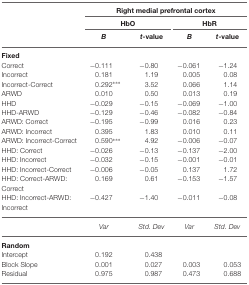
<table><thead><tr><td></td><td colspan="4"><b>Right medial prefrontal cortex</b></td></tr><tr><td></td><td colspan="2"><b>HbO</b></td><td colspan="2"><b>HbR</b></td></tr><tr><td></td><td><b><i>B</i></b></td><td><b><i>t</i>-value</b></td><td><b><i>B</i></b></td><td><b><i>t</i>-value</b></td></tr></thead><tbody><tr><td><b>Fixed</b></td></tr><tr><td>Correct</td><td>−0.111</td><td>−0.80</td><td>−0.061</td><td>−1.24</td></tr><tr><td>Incorrect</td><td>0.181</td><td>1.19</td><td>0.005</td><td>0.08</td></tr><tr><td>Incorrect-Correct</td><td>0.292***</td><td>3.52</td><td>0.066</td><td>1.14</td></tr><tr><td>ARWD</td><td>0.010</td><td>0.50</td><td>0.013</td><td>0.19</td></tr><tr><td>HHD</td><td>−0.029</td><td>−0.15</td><td>−0.069</td><td>−1.00</td></tr><tr><td>HHD-ARWD</td><td>−0.129</td><td>−0.46</td><td>−0.082</td><td>−0.84</td></tr><tr><td>ARWD: Correct</td><td>−0.195</td><td>−0.99</td><td>0.016</td><td>0.23</td></tr><tr><td>ARWD: Incorrect</td><td>0.395</td><td>1.83</td><td>0.010</td><td>0.11</td></tr><tr><td>ARWD: Incorrect-Correct</td><td>0.590***</td><td>4.92</td><td>−0.006</td><td>−0.07</td></tr><tr><td>HHD: Correct</td><td>−0.026</td><td>−0.13</td><td>−0.137</td><td>−2.00</td></tr><tr><td>HHD: Incorrect</td><td>−0.032</td><td>−0.15</td><td>−0.001</td><td>−0.01</td></tr><tr><td>HHD: Incorrect-Correct</td><td>−0.006</td><td>−0.05</td><td>0.137</td><td>1.72</td></tr><tr><td>HHD: Correct-ARWD:</td><td>0.169</td><td>0.61</td><td>−0.153</td><td>−1.57</td></tr><tr><td>Correct</td></tr><tr><td>HHD: Incorrect-ARWD:</td><td>−0.427</td><td>−1.40</td><td>−0.011</td><td>−0.08</td></tr><tr><td>Incorrect</td></tr><tr><td></td><td><i>Var</i></td><td><i>Std. Dev</i></td><td><i>Var</i></td><td><i>Std. Dev</i></td></tr><tr><td><b>Random</b></td></tr><tr><td>Intercept</td><td>0.192</td><td>0.438</td><td></td><td></td></tr><tr><td>Block Slope</td><td>0.001</td><td>0.027</td><td>0.003</td><td>0.053</td></tr><tr><td>Residual</td><td>0.975</td><td>0.987</td><td>0.473</td><td>0.688</td></tr></tbody></table>